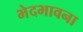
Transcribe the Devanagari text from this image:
भेदभावना